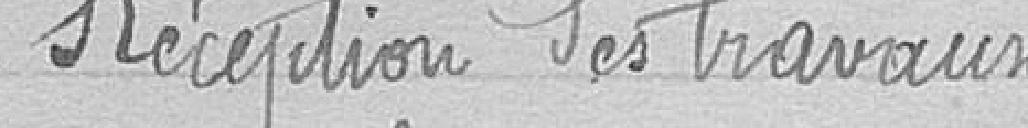
Réception des travaux